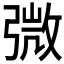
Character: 𢐍